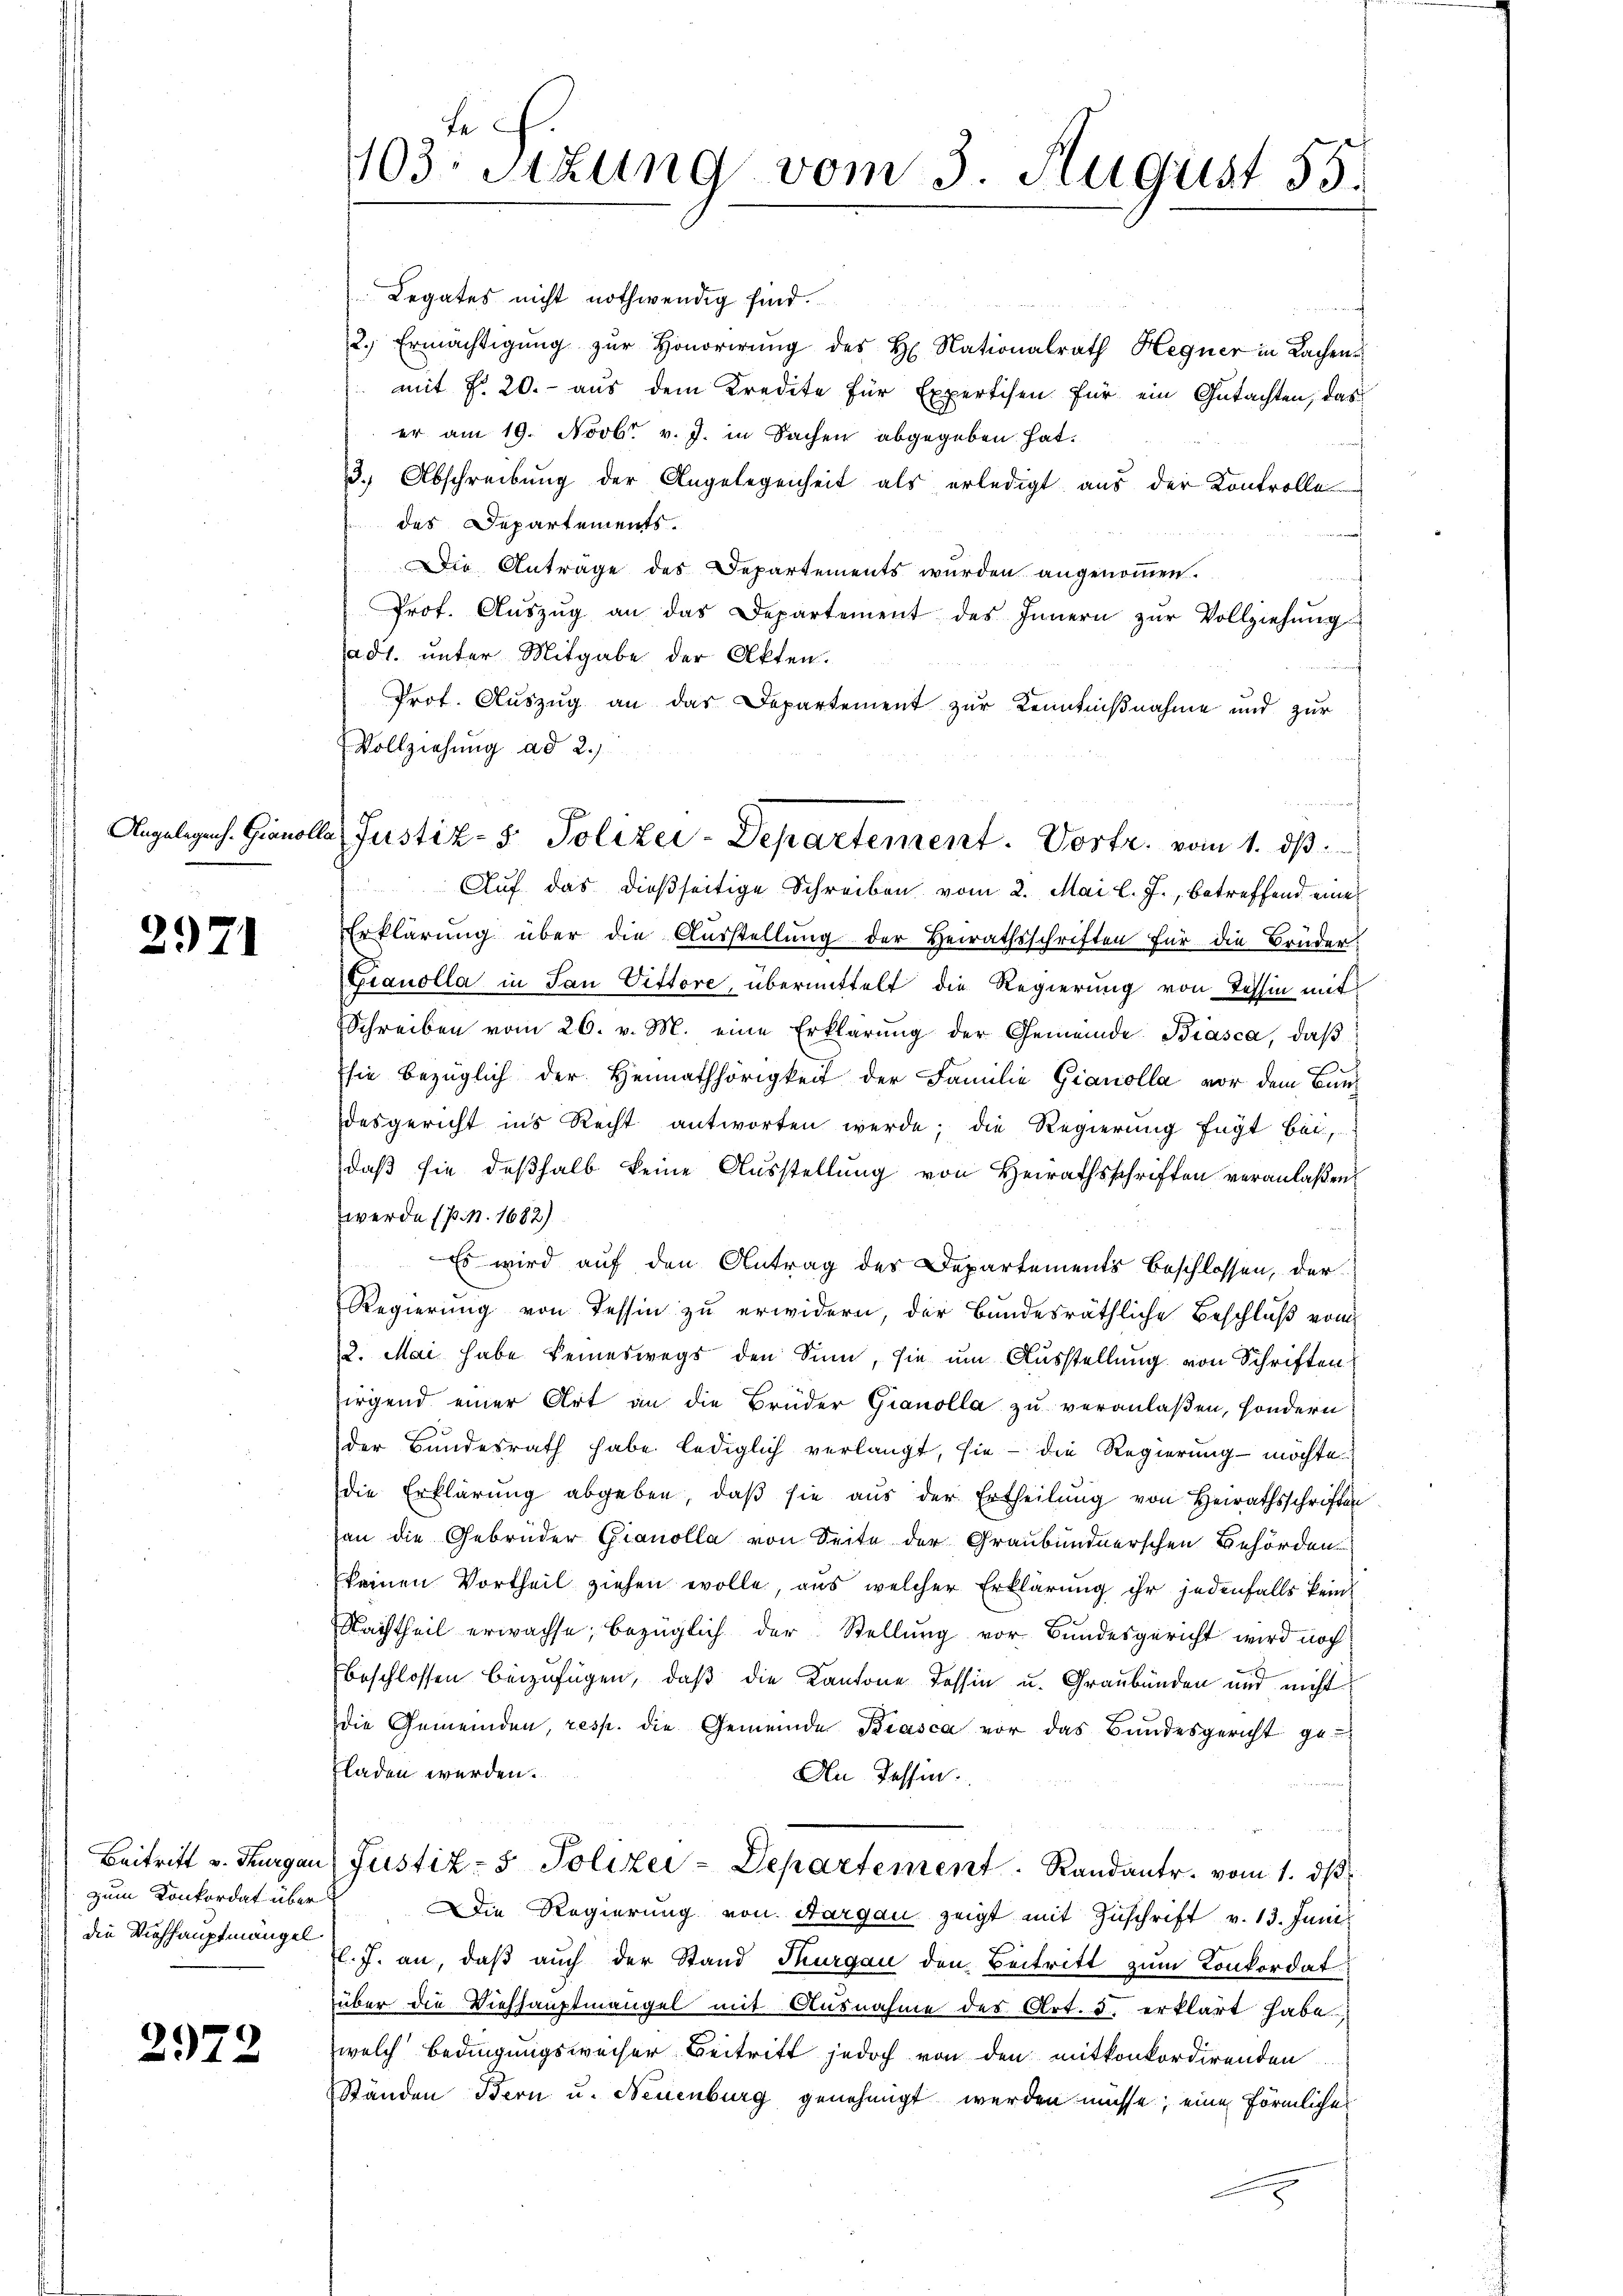
Angelegenh-Gianol

2971

Beitritt v. Thurgau
zum Konkordat über
die Viehhauptmangel

2972

E
103. Sitzung vom 3. August 55.

Legates nicht nothwendig sind.
2.) Ermächtigung zur Honorirung des H. Nationalrath Hegner in Sachenmit Fr. 20.- aus dem Kredite für Expertisen für ein Gutachten, das
er am 19. Novbr. v. J. in Sachen abgegeben hat.
3.) Abschreibŭng der Angelegenheit als erledigt aus der Kontrolle
des Departements.
Die Antrage des Departements wurden angenommen.
Prof. Aŭszŭg an das Departement des Innern zŭr Vollziehŭng
Jad1. unter Mitgabe der Akten.
Prot. Auszug an das Departement zur Kenntnißnahme und zur
Vollziehung ad 2.,
Auf das dießseitige Schreiben vom 2. Mai l. J., betreffend eine
Erklärung über die Ausstellung der Heirathsschriften für die Brüder
Granolla in San Vittore, übermittelt die Regierung von Tessin mit
Schreiben vom 26. v. M. eine Erklärŭng der Gemeinde Biasca, daß
sie bezüglich der Heimathörigkeit der Familie Gianolla, vor dem Bundesgericht ins Recht antworten werde; die Regierung fügt bei,
daß sie deßhalb keine Ausstellung von Heirathsschriften veranlaßen
werde (p. n. 1682)
Es wird auf den Antrag des Departements beschlossen, der
Regierung von Tessin zu erwidern, der Bundesräthliche Beschluß vom
2. Mai habe keineswegs den Sinn, sie um Ausstellung von Schriften
irgend einer Art an die Brüder Gianolla zu veranlaßen, sondern
der Bundesrath habe lediglich verlangt, sie - die Regierung möchte
die Erklärŭng abgeben, daβ sie aŭs der Ertheilŭng von Heirathsschriften
an die Gebrüder Granolla von Seite der Graubündnerschen Behörden
keinen Vortheil ziehen evolle, aus welcher Erklärung ihr jedenfalls kein
Nachtheil erwachse, bezüglich der Stellung vor Bundesgericht wird noch
beschlossen beizufügen, daß die Kantone Tessin u. Graubünden und nicht
die Gemeinden, resp. die Gemeinde Biasca vor das Bundesgericht geladen werden.
An Tessin.
Justiz- & Polizei-Departement. Randant. vom 1. ds.
Die Regierung von Aargau zeigt mit Zuschrift v. 13. Juni
tl. J. an, daß auch der Stand Thurgau den Beitritt zum Konkordat
über die Viehhauptmangel mit Ausnahme des Art. 5. erklärt habe.
welch Bedingungsweiser Beitritt jedoch von den mitkonkordirenden
Ständen Bern u. Neuenburg genehmigt werden müsse; eine förmlicher

2 Justiz- & Polizei-Departement. Vortr. vom 1. ds.